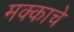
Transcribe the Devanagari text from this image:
मक्काचे